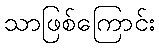
သာဖြစ်ကြောင်း